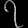
Digit: ၇